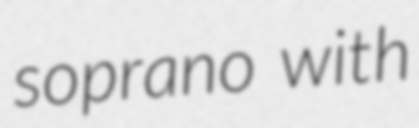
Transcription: soprano with